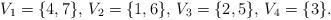
LaTeX: \begin{align*}V_1 = \{ 4,7 \}, \, V_2 = \{ 1,6 \}, \, V_3 = \{ 2,5 \}, \, V_4 = \{ 3 \}.\end{align*}